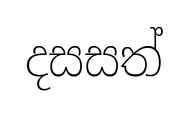
දසසත්